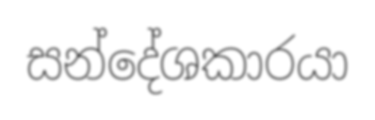
සන්දේශකාරයා